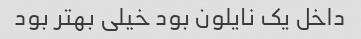
داخل یک نایلون بود خیلی بهتر بود